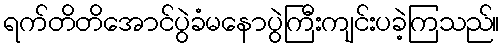
ရက်တိတိအောင်ပွဲခံမနောပွဲကြီးကျင်းပခဲ့ကြသည်။